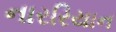
નારરિયાન